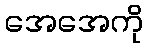
အေအေကို